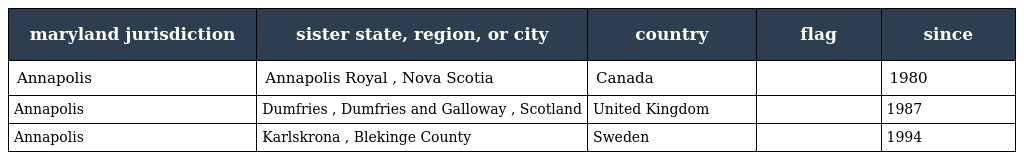
| maryland jurisdiction | sister state, region, or city | country | flag | since |
 | --- | --- | --- | --- | --- |
 | Annapolis | Annapolis Royal , Nova Scotia | Canada |  | 1980 |
 | Annapolis | Dumfries , Dumfries and Galloway , Scotland | United Kingdom |  | 1987 |
 | Annapolis | Karlskrona , Blekinge County | Sweden |  | 1994 |